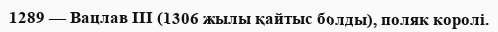
1289 — Вацлав III (1306 жылы қайтыс болды), поляк королі.